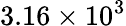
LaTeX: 3.16\times 10^{3}